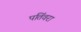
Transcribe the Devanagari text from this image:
पतिंवरा